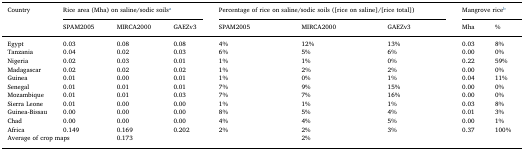
| <ROWSPAN=2> Country | <COLSPAN=3> Rice area (Mha) on saline/sodic soilsa | <COLSPAN=3> Percentage of rice on saline/sodic soils ([rice on saline]/[rice total]) | <COLSPAN=2> Mangrove riceb |
 | SPAM2005 | MIRCA2000 | GAEZv3 | SPAM2005 | MIRCA2000 | GAEZv3 | Mha | % |
 | --- | --- | --- | --- | --- | --- | --- | --- | --- |
 | Egypt | 0.03 | 0.08 | 0.08 | 4% | 12% | 13% | 0.03 | 8% |
 | Tanzania | 0.04 | 0.02 | 0.03 | 6% | 5% | 6% | 0.00 | 0% |
 | Nigeria | 0.02 | 0.03 | 0.01 | 1% | 1% | 0% | 0.22 | 59% |
 | Madagascar | 0.02 | 0.02 | 0.02 | 1% | 2% | 2% | 0.00 | 0% |
 | Guinea | 0.01 | 0.00 | 0.01 | 1% | 0% | 1% | 0.04 | 11% |
 | Senegal | 0.01 | 0.01 | 0.01 | 7% | 9% | 15% | 0.00 | 0% |
 | Mozambique | 0.01 | 0.01 | 0.03 | 7% | 7% | 16% | 0.00 | 0% |
 | Sierra Leone | 0.01 | 0.00 | 0.00 | 1% | 1% | 1% | 0.03 | 8% |
 | Guinea-Bissau | 0.00 | 0.00 | 0.00 | 8% | 5% | 4% | 0.01 | 3% |
 | Chad | 0.00 | 0.00 | 0.00 | 4% | 4% | 5% | 0.00 | 1% |
 | Africa | 0.149 | 0.169 | 0.202 | 2% | 2% | 3% | 0.37 | 100% |
 | <COLSPAN=2> Average of crop maps | 0.173 |  |  | 2% |  |  |  |